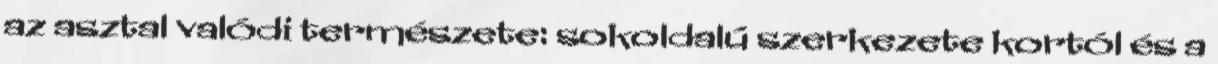
az asztal valódi természete: sokoldalú szerkezete kortól és a